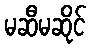
မဆီမဆိုင်